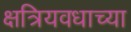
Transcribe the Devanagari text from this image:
क्षत्रियवधाच्या